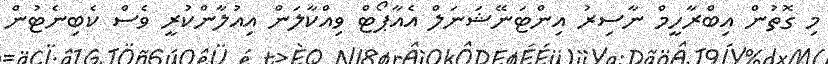
މި ގޮތުން އިބްރާހީމް ނާސިރު އިންޓަނޭޝަނަލް އެއާޕޯޓް ވިއްކާލަން އިއުލާންކުރީ ވެސް ކެބިނެޓުން